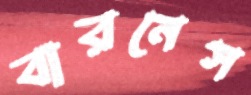
বারনেস